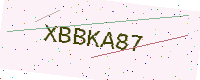
Text: XBBKA87